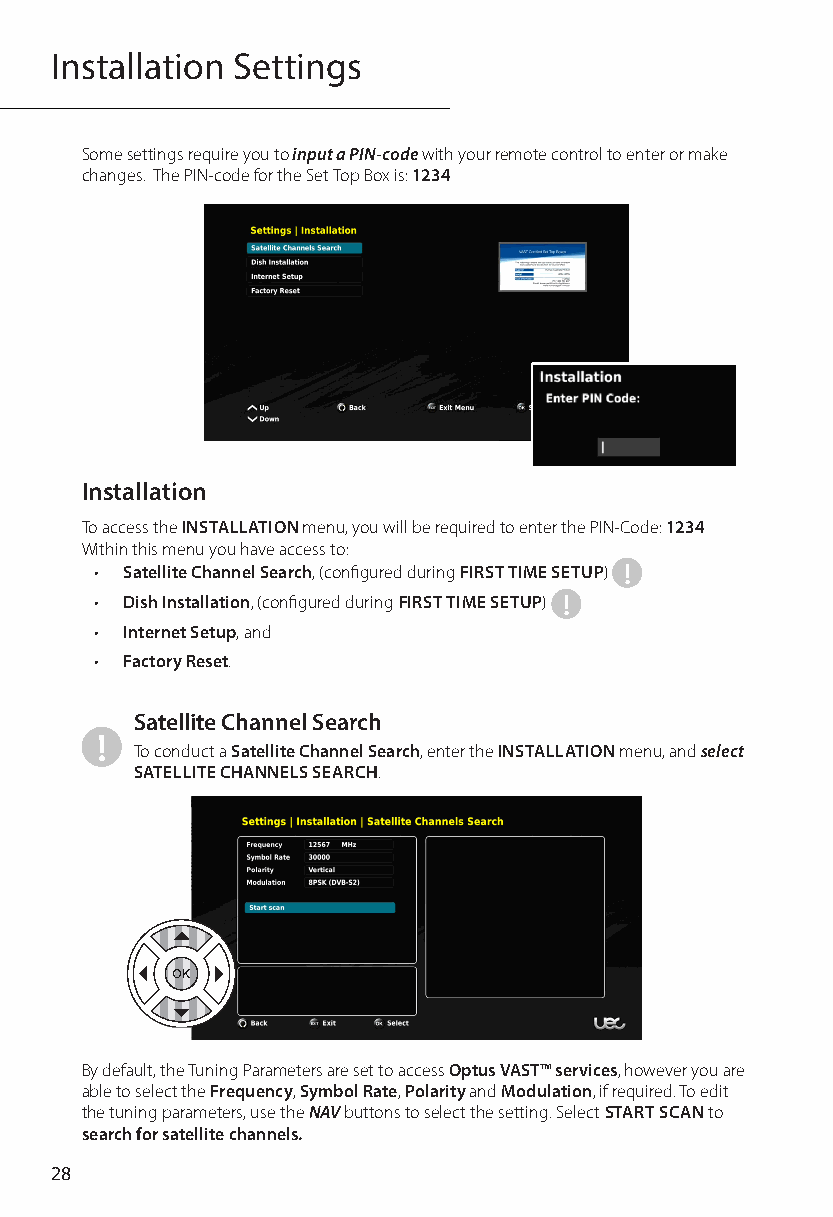
Installation Settings
 Some settings require you to input a PIN-code with your remote control to enter or make
 changes. The PIN-code for the Set Top Box is: 1234
 Installation
 To access the INSTALLATION menu, you will be required to enter the PIN-Code: 1234
 Within this menu you have access to:
 • Satellite Channel Search, (configured during FIRST TIME SETUP) !
 • Dish Installation, (configured during FIRST TIME SETUP) !
 • Internet Setup, and
 • Factory Reset.
 Satellite Channel Search
 !
 To conduct a Satellite Channel Search, enter the INSTALLATION menu, and select
 SATELLITE CHANNELS SEARCH.
 By default, the Tuning Parameters are set to access Optus VAST™ services, however you are
 able to select the Frequency, Symbol Rate, Polarity and Modulation, if required. To edit
 the tuning parameters, use the NAV buttons to select the setting. Select START SCAN to
 search for satellite channels.
 28